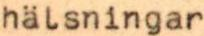
hälsningar